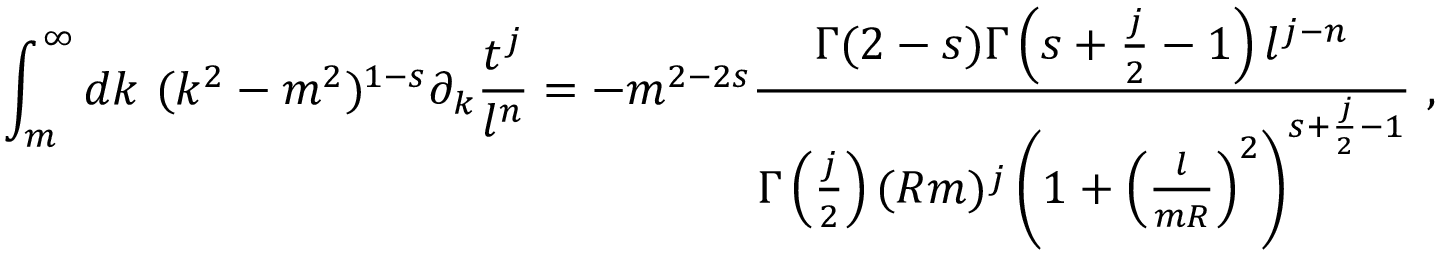
\int _ { m } ^ { \infty } d k \ ( k ^ { 2 } - m ^ { 2 } ) ^ { 1 - s } \partial _ { k } \frac { t ^ { j } } { l ^ { n } } = - m ^ { 2 - 2 s } \frac { \Gamma ( 2 - s ) \Gamma \left( s + \frac j 2 - 1 \right) l ^ { j - n } } { \Gamma \left( \frac j 2 \right) ( R m ) ^ { j } \left( 1 + \left( \frac { l } { m R } \right) ^ { 2 } \right) ^ { s + \frac j 2 - 1 } } \ ,